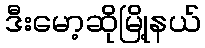
ဒီးမော့ဆိုမြို့နယ်